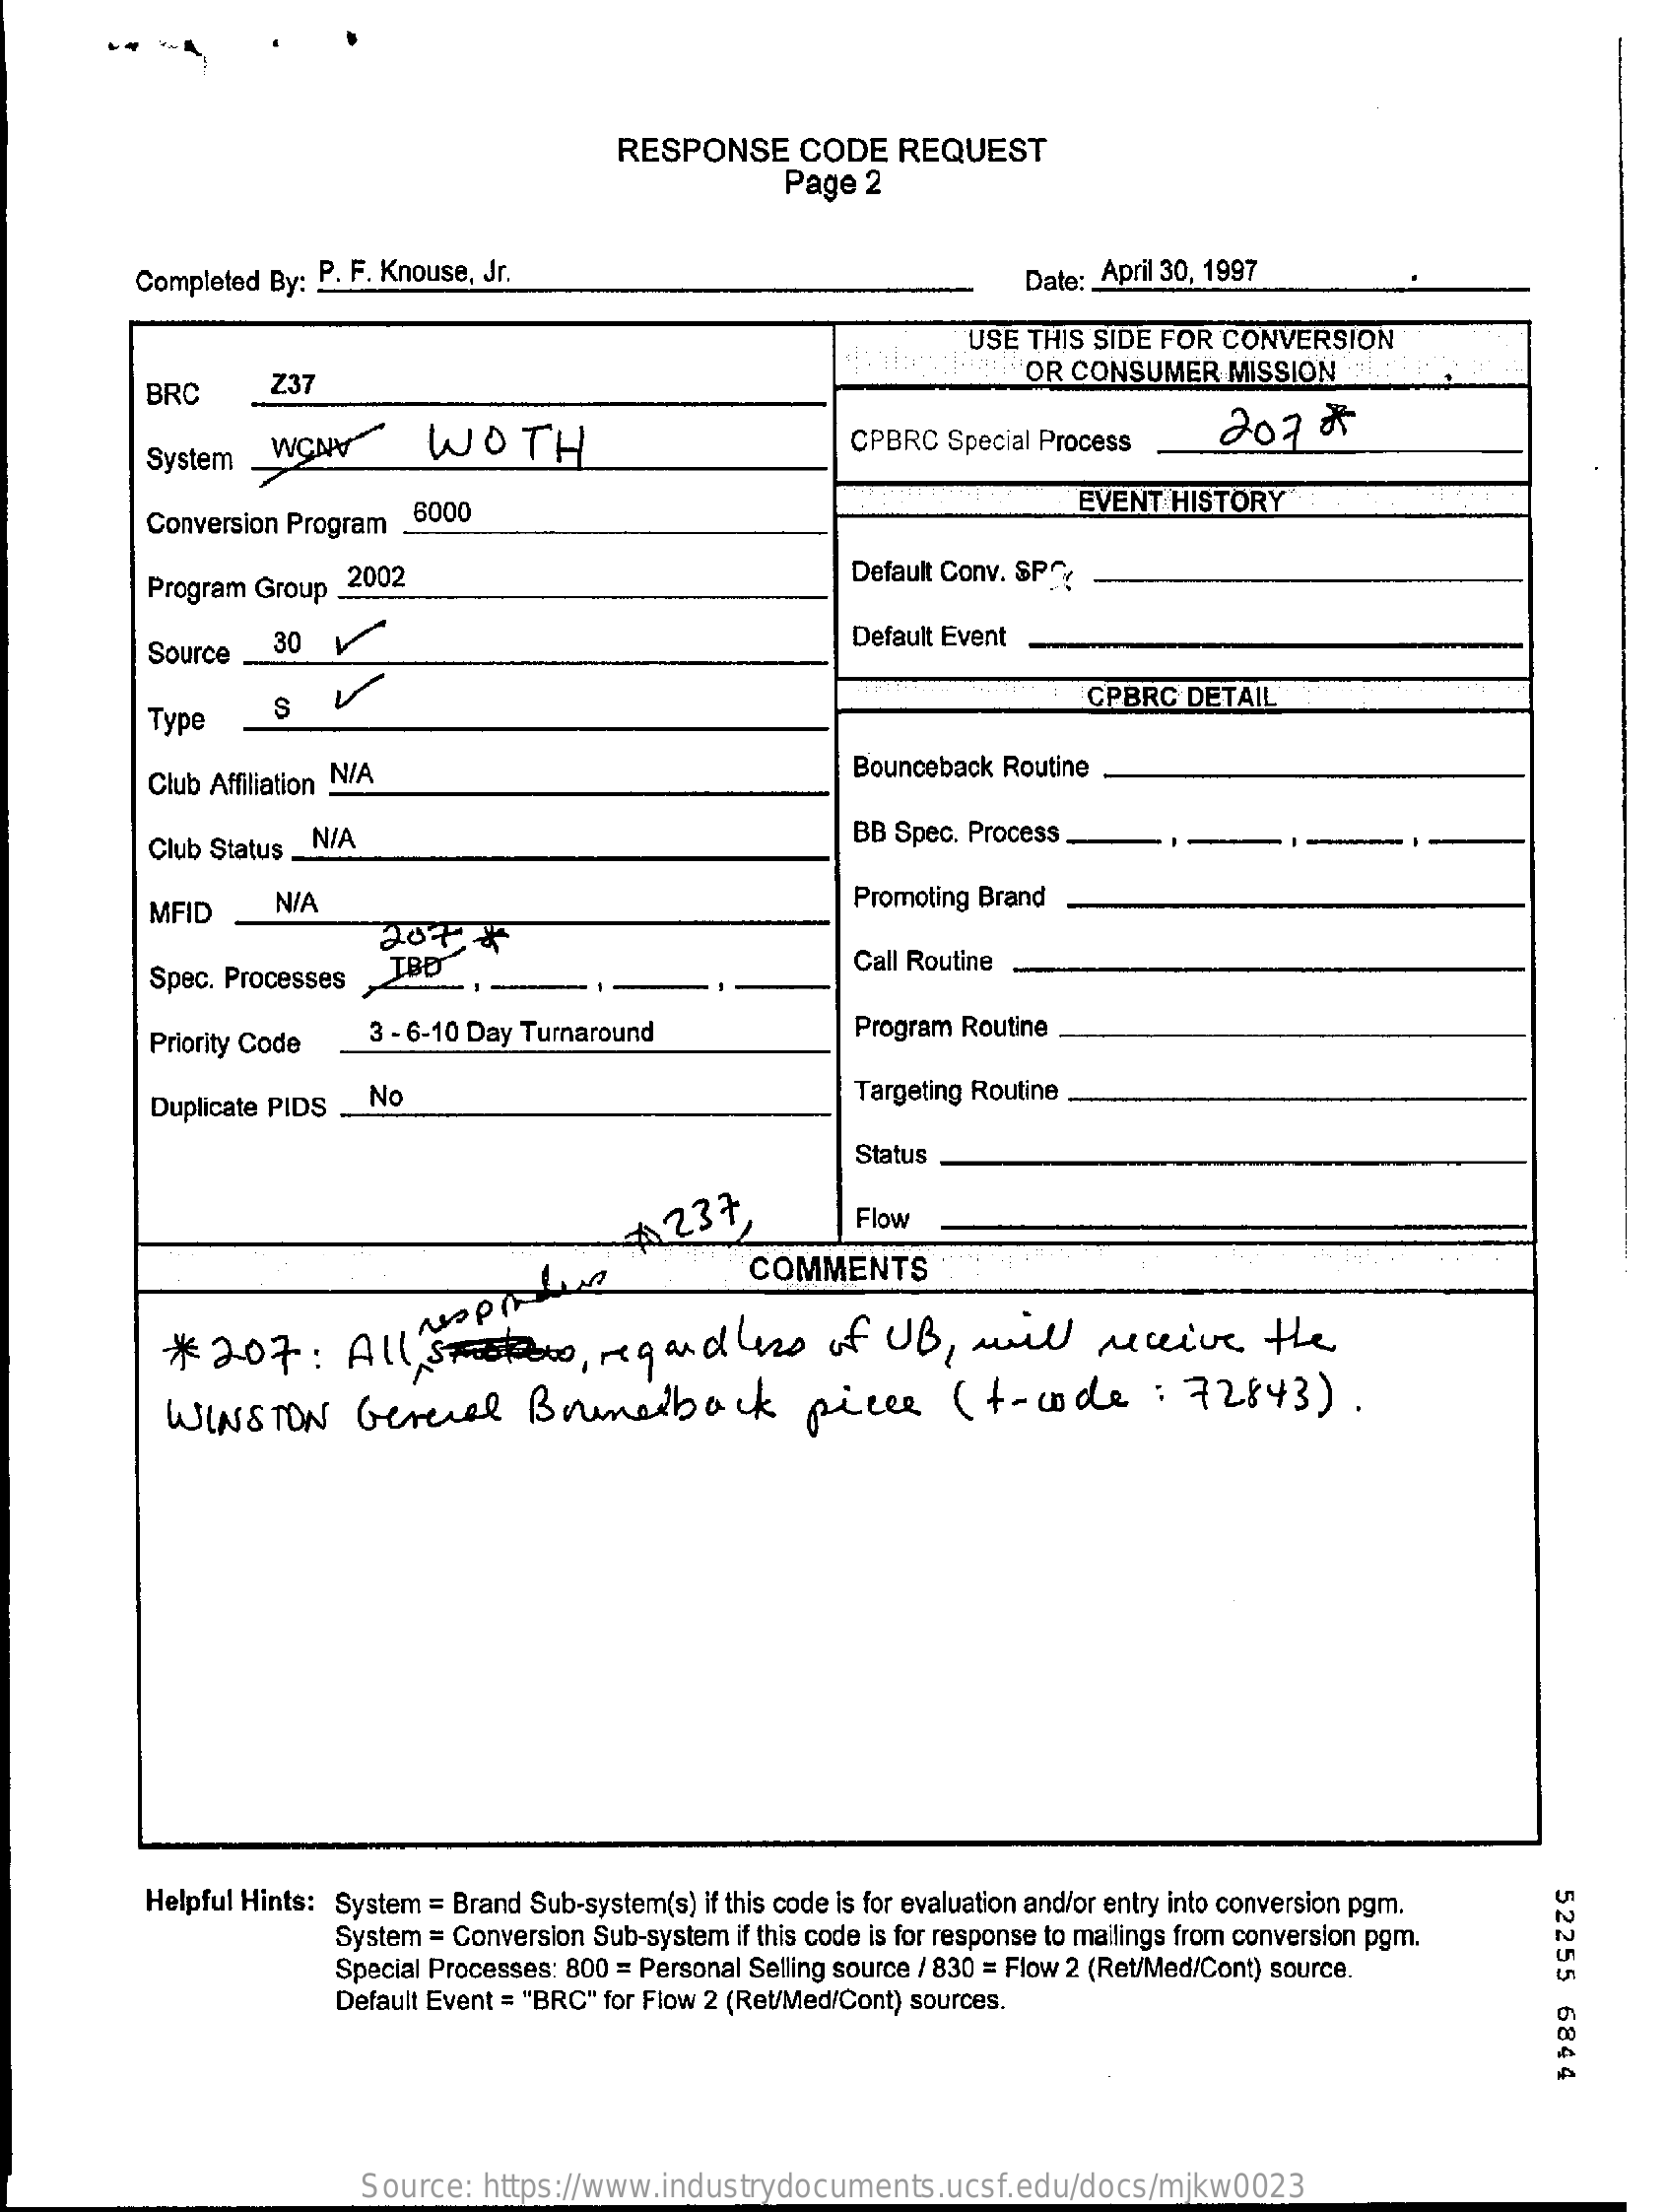
RESPONSE    CODE   REQUEST
     Page  2
     Completed By: P. F. Knouse, Jr.    Date: April 30, 1997
     USE  THIS SIDE FOR CONVERSION
     BRC    Z37    OR CONSUMER   MISSION
     WONY    WOTH    CPBRC  Special Process    207   &
     System _
     Conversion Program 6000    EVENT HISTORY
     Program Group _2002    Default Conv. SP?
     Source   30  1    Default Event
     Type
     S   V    CPBRC  DETAIL
     Club Affiliation N/A    Bounceback Routine
     Club Status N/A    BB Spec. Process
     MFID    N/A    Promoting Brand
     Spec. Processes  TBD    Call Routine
     Priority Code   3 - 6-10 Day Turnaround    Program Routine
     Duplicate PIDS  No    Targeting Routine
     Status
     $237    Flow
     COMMENTS
     *  207:    All    ,regardless    of   UB  , will    receive    the
     WINSTON    Gerecel    Brunesback    piece    (+-code    :  72843).
     Helpful Hints: System = Brand Sub-system(s) if this code is for evaluation and/or entry into conversion pgm.
     52255
     6844
     System = Conversion Sub-system if this code is for response to mailings from conversion pgm.
     Special Processes: 800 = Personal Selling source / 830 = Flow 2 (Ret/Med/Cont) source.
     Default Event = "BRC" for Flow 2 (Ret/Med/Cont) sources.
     Source:  https://www.industrydocuments.ucsf.edu/docs/mjkw0023